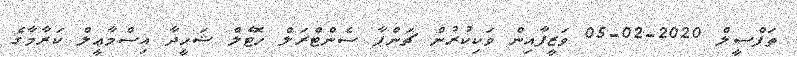
ތަފްސީލް 2020-02-05 ވަޒީފާއިން ވަކިކުރުން ޗަންޕާ ސެންޓްރަލް ހޮޓެލް ޝަހީދާ އިސްމާޢީލް ކަރާމާގެ